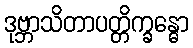
ဒုဗ္ဘာသိတာပတ္တိက္ခန္ဓော